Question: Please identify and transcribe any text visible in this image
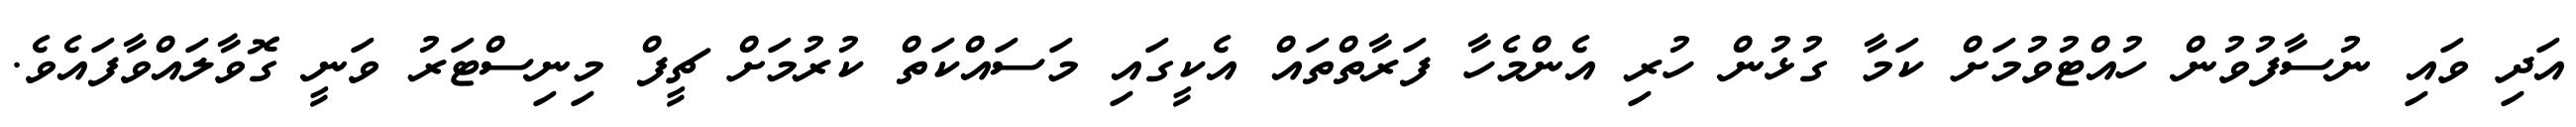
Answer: އަދި ވައި ނުސާފުވުން ހުއްޓުވުމަށް ކަމާ ގުޅުން ހުރި އެންމެހާ ފަރާތްތައް އެކީގައި މަސައްކަތް ކުރުމަށް ޗީފް މިނިސްޓަރު ވަނީ ގޮވާލައްވާފައެވެ.